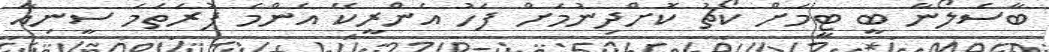
ބާސެލޯނާ ބީ ޓީމަށް ކޯޗު ކޮށްދިނުމަށް ފަހު އެންރީކޭ އެންމެ ފުރަތަަމަ ސީނިއާ